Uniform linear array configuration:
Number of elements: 12
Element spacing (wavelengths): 0.5
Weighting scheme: hamming
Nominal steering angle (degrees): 30
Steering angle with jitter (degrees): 29.953
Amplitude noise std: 0.05
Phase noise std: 0.05

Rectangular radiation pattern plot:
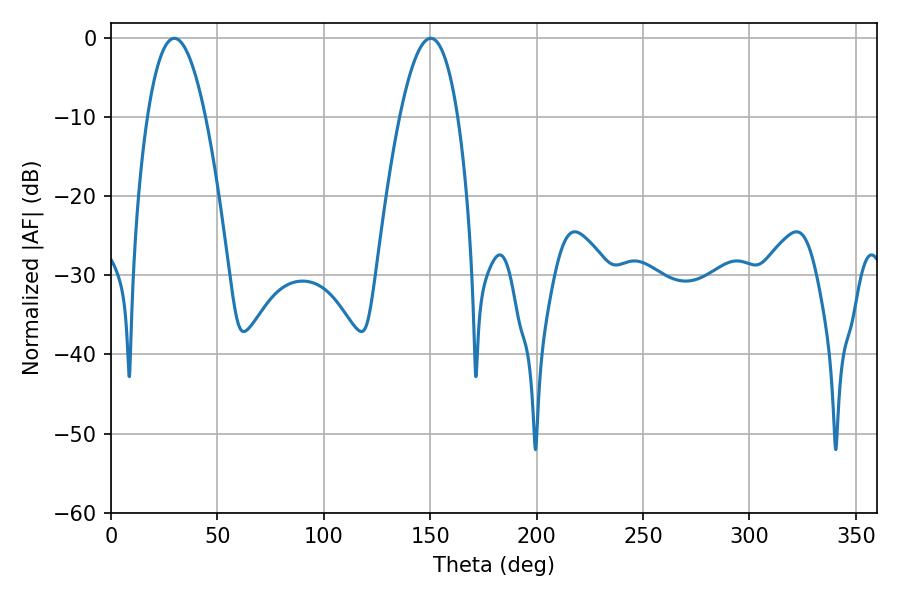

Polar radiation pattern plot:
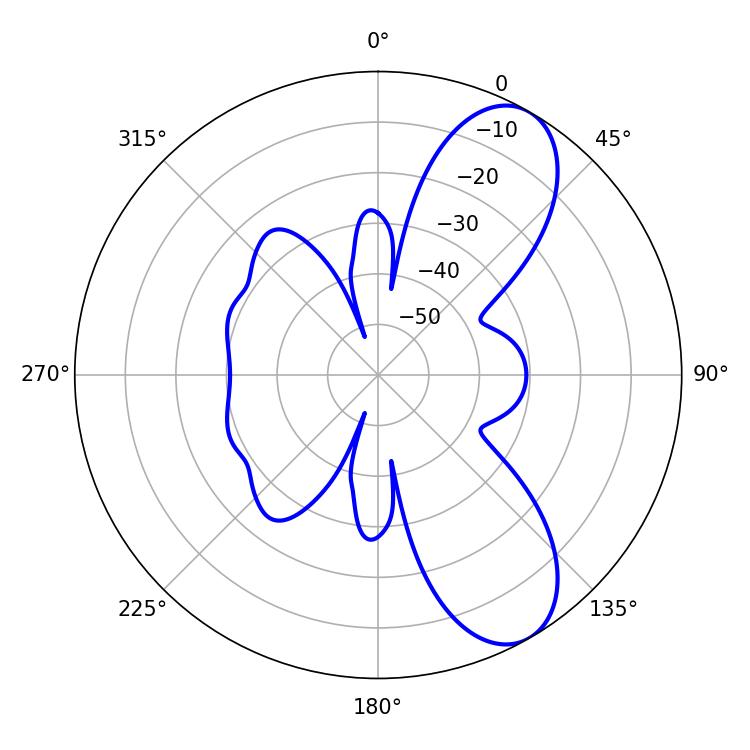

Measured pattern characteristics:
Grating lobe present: FALSE
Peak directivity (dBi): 8.541
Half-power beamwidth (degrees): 15.12
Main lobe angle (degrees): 29.7